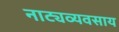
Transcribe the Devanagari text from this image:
नाट्यव्यवसाय